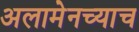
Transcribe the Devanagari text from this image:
अलामेनच्याच